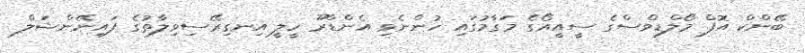
ބޭންކް އޮފް މޯލްޑިވްސްގެ ސީއީއޯގެ މަގާމުގައި ހުންނެވި އެންޑްރޫ ހީލީ އިނގިރޭސިވިލާތުގެ ފައިނޭންޝަލް